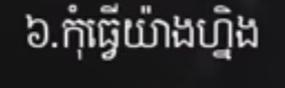
៦.កុំធ្វើយ៉ាងហ្នឹង